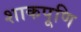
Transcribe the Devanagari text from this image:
शाकपूणि